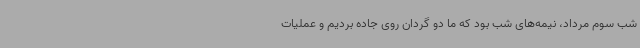
شب سوم مرداد، نیمه‌های شب بود که ما دو گردان روی جاده بردیم و عملیات